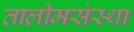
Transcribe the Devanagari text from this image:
तालीमसंस्था